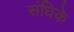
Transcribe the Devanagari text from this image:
संधिके